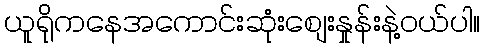
ယူရိုကနေအကောင်းဆုံးစျေးနှုန်းနဲ့ဝယ်ပါ။